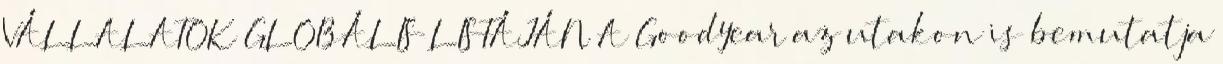
VÁLLALATOK GLOBÁLIS LISTÁJÁN A Goodyear az utakon is bemutatja